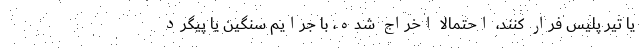
یا تیر پلیس فرار کنند، احتمالا اخراج شده، با جرایم سنگین یا پیگرد